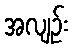
အလျဉ်း